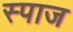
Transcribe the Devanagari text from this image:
स्पाज